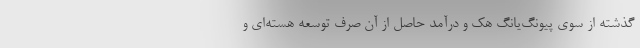
گذشته از سوی پیونگ‌یانگ هک و درآمد حاصل از آن صرف توسعه هسته‌ای و